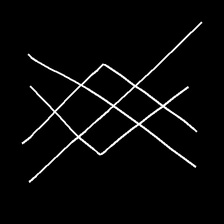
Glyph: crystal